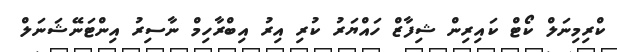
ކްރިމިނަލް ކޯޓް ކައިރިން ޝިފާޒް ހައްޔަރު ކުރި އިރު އިބްރާހިމް ނާސިރު އިންޓަނޭޝަނަލް